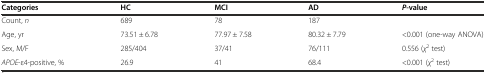
| Categories | HC | MCI | AD | P-value |
 | --- | --- | --- | --- | --- |
 | Count, n | 689 | 78 | 187 |  |
 | Age, yr | 73.51 ± 6.78 | 77.97 ± 7.58 | 80.32 ± 7.79 | <0.001 (one-way ANOVA) |
 | Sex, M/F | 285/404 | 37/41 | 76/111 | 0.556 (χ2 test) |
 | APOE-ε4-positive, % | 26.9 | 41 | 68.4 | <0.001 (χ2 test) |